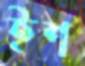
ইশ